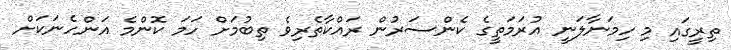
ތިރީގައި މި ހިމަނާލަނީ އުރަމަތީގެ ކެންސަރުން ރައްކާތެރިވެ ތިބުމަށް ހަމަ ކޮންމެ އަންހެނަކަށް